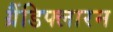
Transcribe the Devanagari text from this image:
ग्रैंडिफ्लारम